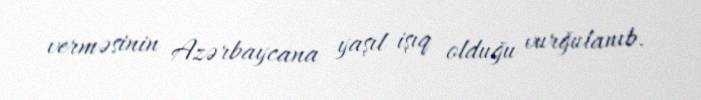
verməsinin Azərbaycana yaşıl işıq olduğu vurğulanıb.